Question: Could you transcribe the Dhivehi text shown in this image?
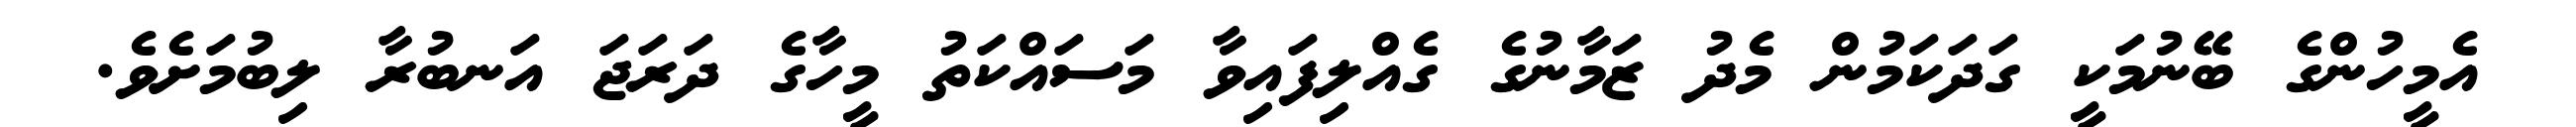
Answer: އެމީހުންގެ ބޭނުމަކީ ގަދަކަމުން މެދު ޒަމާނުގެ ގެއްލިފައިވާ މަސައްކަތު މީހާގެ ދަރަޖަ އަނބުރާ ލިބުމަށެވެ.